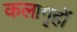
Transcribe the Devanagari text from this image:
कलागृहों